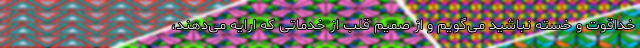
خداقوت و خسته نباشید می‌گویم و از صمیم قلب از خدماتی که ارایه می‌دهند،